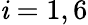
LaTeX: \mathit{i}=1,6